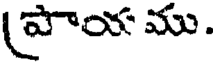
(పాయము.